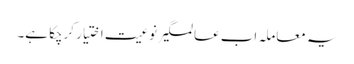
یہ معاملہ اب عالمگیر نوعیت اختیار کرچکا ہے۔